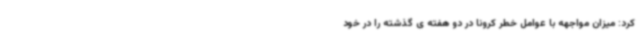
کرد: میزان مواجهه با عوامل خطر کرونا در دو هفته ی گذشته را در خود